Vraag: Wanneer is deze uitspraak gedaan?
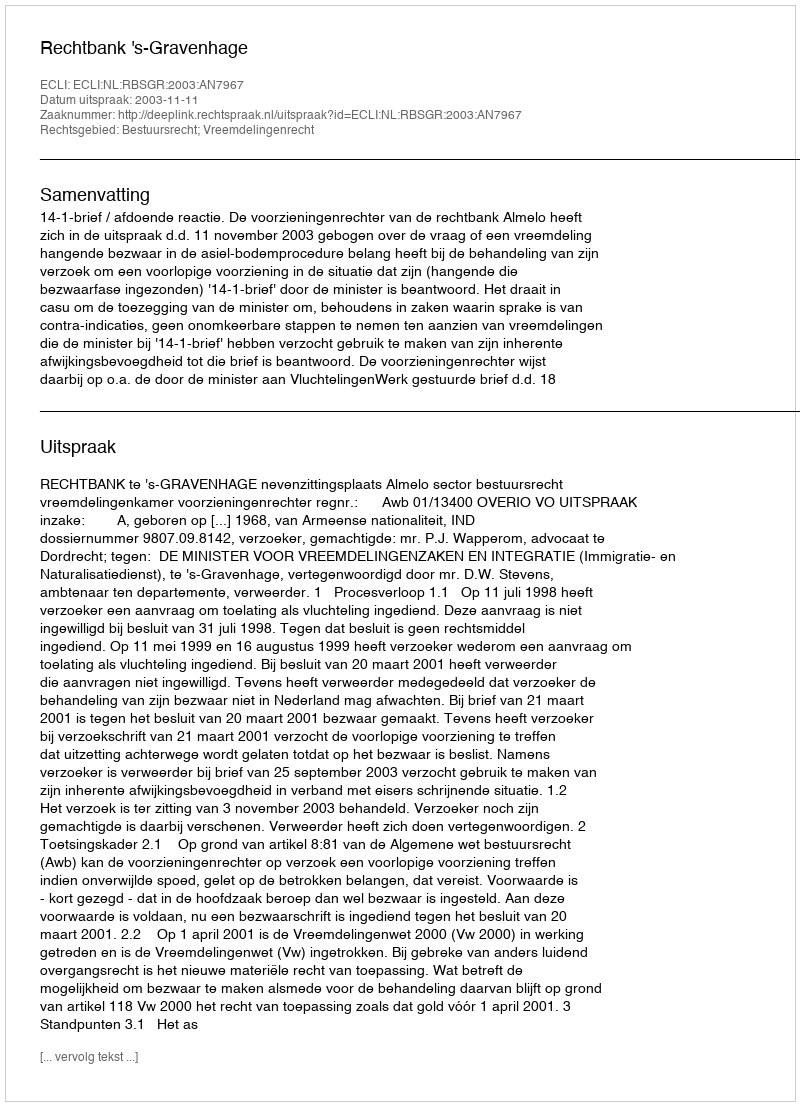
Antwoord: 2003-11-11